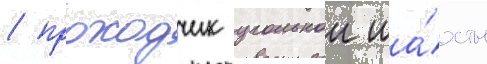
/ проходчик угольнои ша́хты